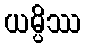
ယမ္ပိဿ